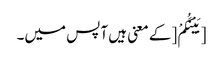
[بَیْنَکُمْ [کے معنی ہیں آپس میں۔